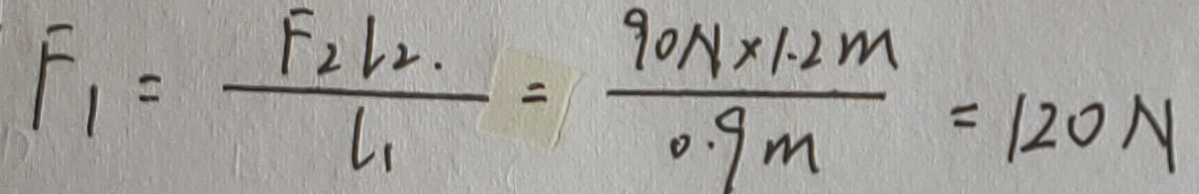
F _ { 1 } = \frac { F _ { 2 } l _ { 2 } } { l _ { 1 } } = \frac { 9 0 N \times 1 . 2 m } { 0 . 9 m } = 1 2 0 N